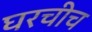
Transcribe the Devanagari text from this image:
घरचीच